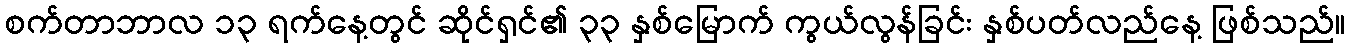
စက်တာဘာလ ၁၃ ရက်နေ့တွင် ဆိုင်ရှင်၏ ၃၃ နှစ်မြောက် ကွယ်လွန်ခြင်း နှစ်ပတ်လည်နေ့ ဖြစ်သည်။